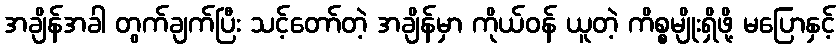
အချိန်အခါ တွက်ချက်ပြီး သင့်တော်တဲ့ အချိန်မှာ ကိုယ်ဝန် ယူတဲ့ ကိစ္စမျိုးရှိဖို့ မပြောနှင့်